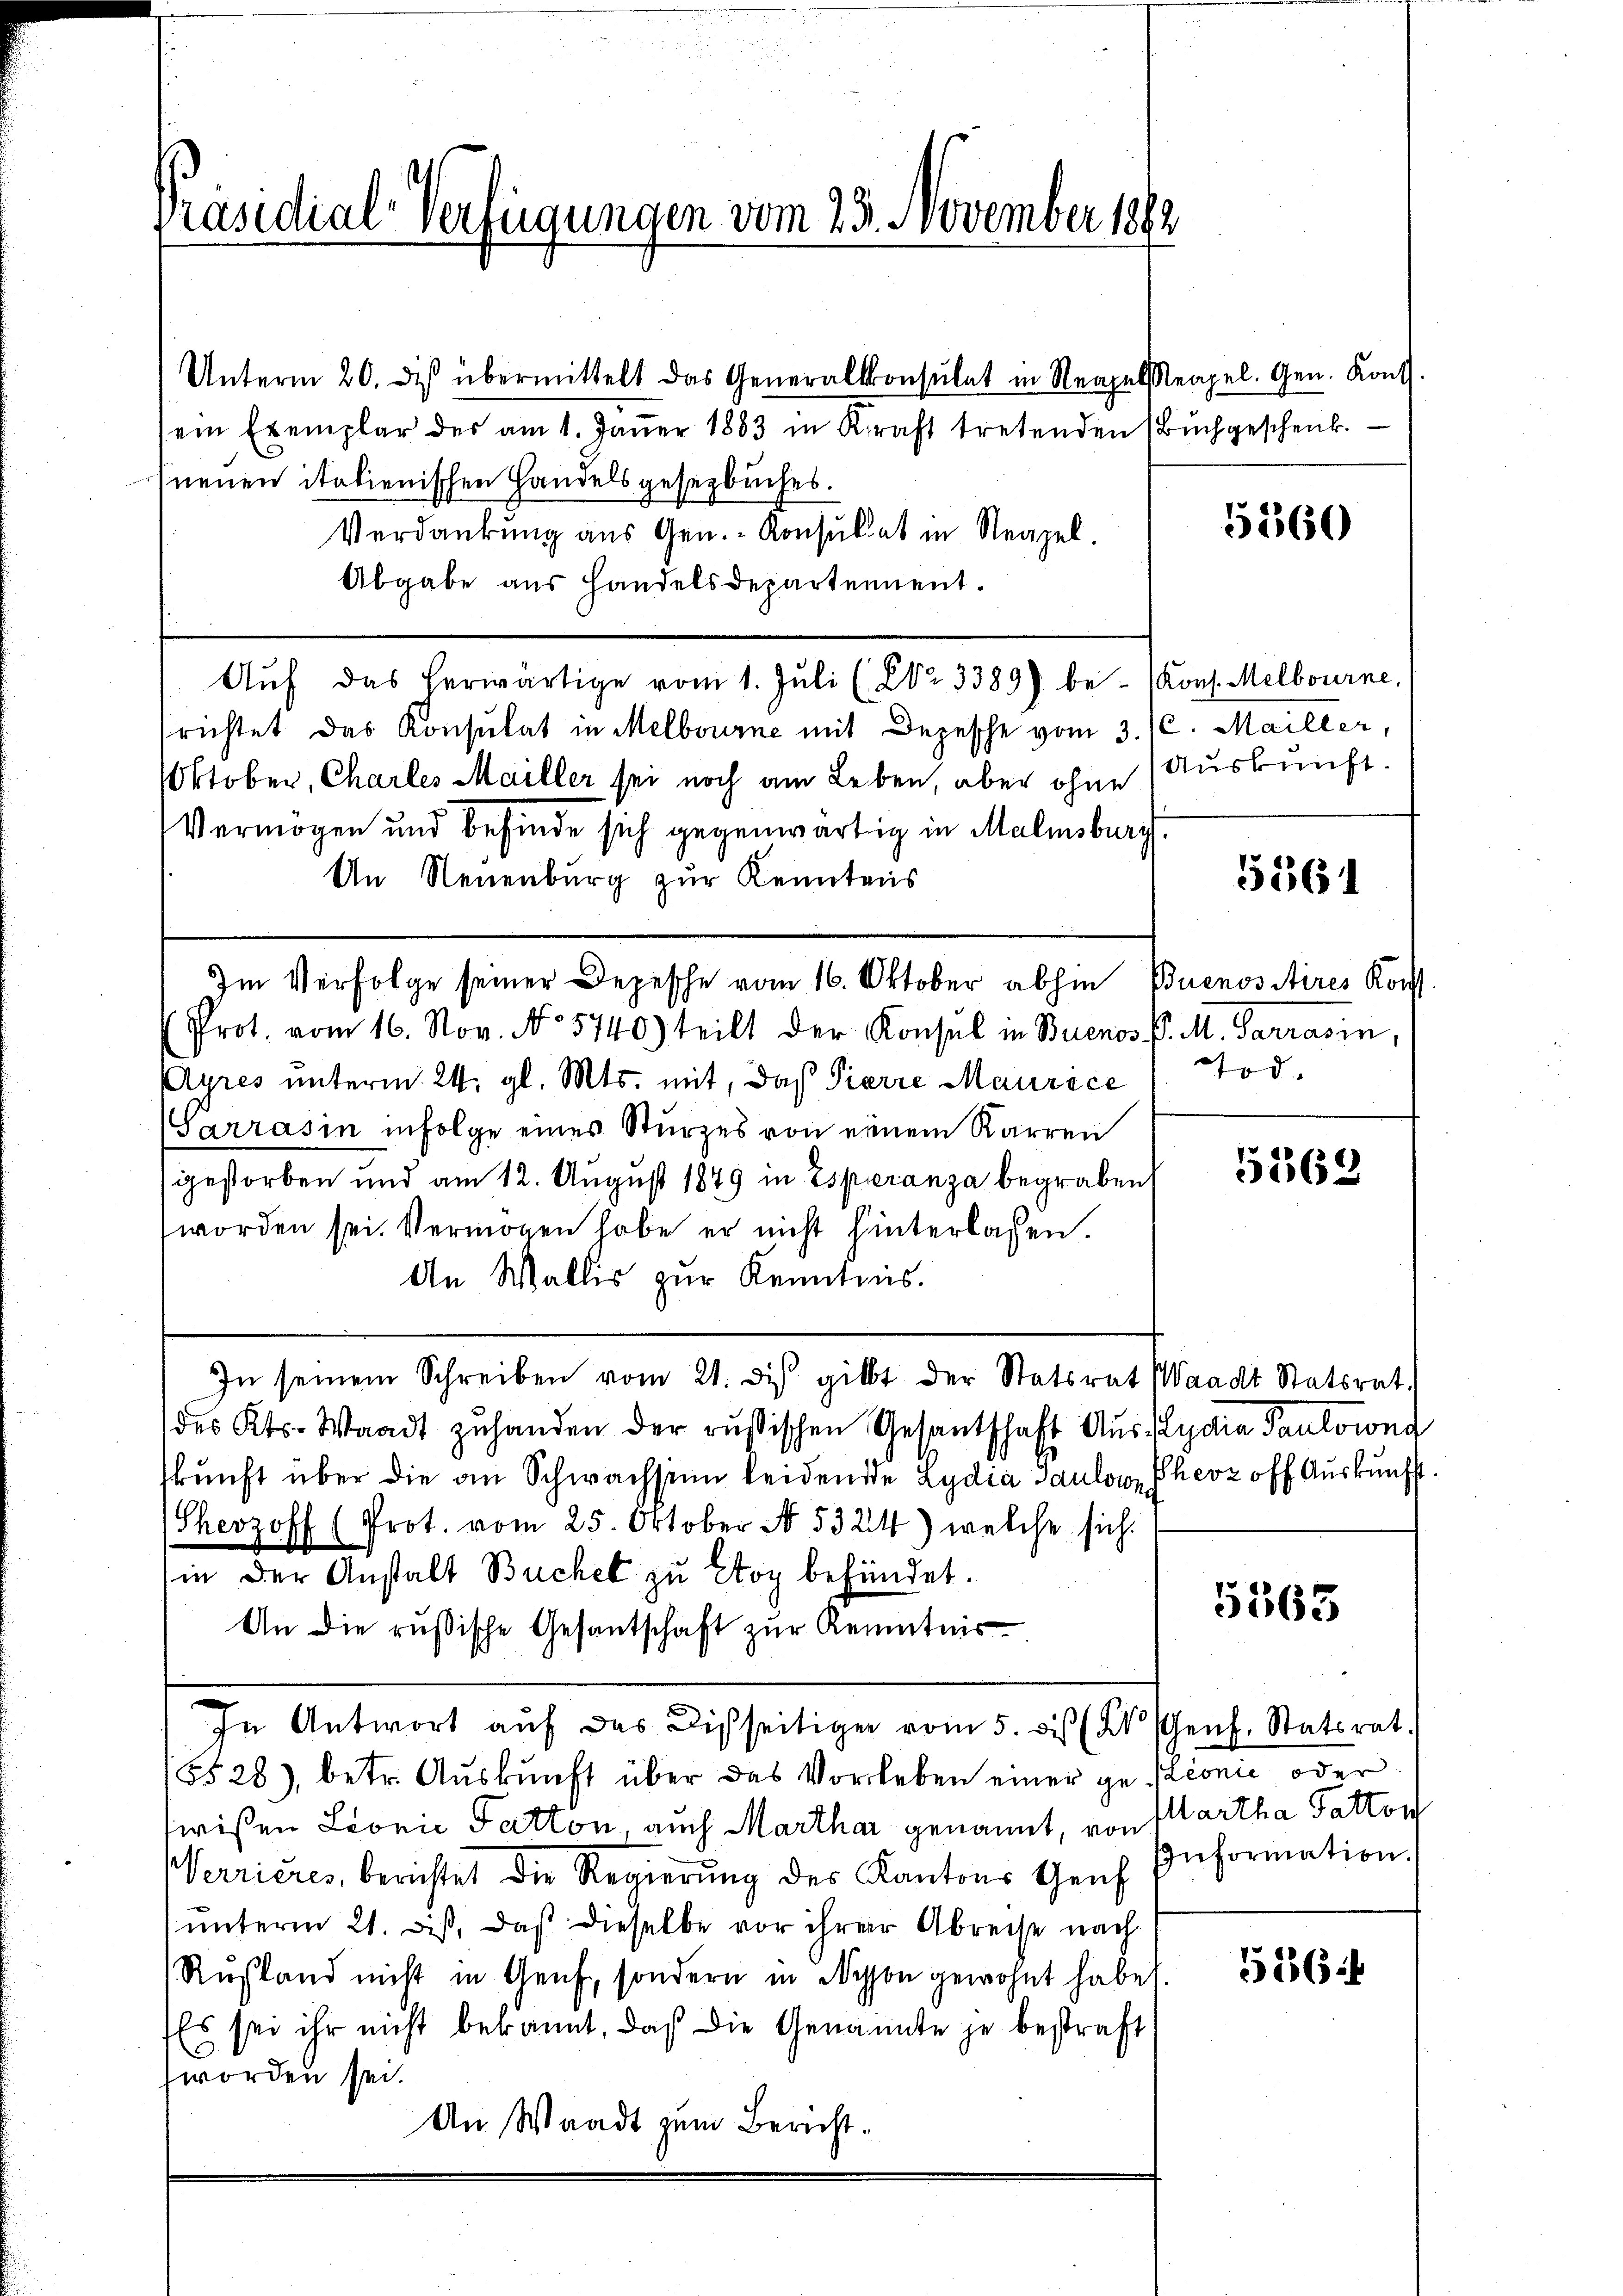
Präsidial-Verfügungen vom 23. November 1882

Unterm 20. diβ übermittelt das Generalkonsulat in Neapel Neapel. Gen. Kont
ein Exemplar des am 1. Jäṅer 1883 in Kraft tretenden (Bŭchgeschenk.
neuen italienischen Handelsgesetzbuches.
Verdankung aus Gen.- Konsultat in Neapel.
Abgabe aus Handelsdepartement.
srichtet das Konsulat in Melbourne mit Depesche vom 3. (l. Mailler,
Oktober, Charles Mailler sei noch am Leben, aber ohne
Vermögen und befinde sich gegenwärtig in Malinsburg
An Neuenburg zur Kenntens
Im Verfolge seiner Depesche vom 16. Oktober abhin Buenos Aires Kons.
Prot. vom 16. Nov. No. 5740) teilt der Konsul in Buenos-
Ayres unterm 24. gl. Mts. mit, daß Pierre Maurice
Sarrasin infolge eines Sturzes von einem Karren
gestorben und am 12. August 1849 in Espiranza begraben
worden sei. Vermögen habe er nicht hinterlassen.
An Wallis zur Kenntnis.
In seinem Schreiben vom 21. di gibt der Statsrat
des Kts. Waadt zŭ handen der rusischen Gesantschaft Auskunft über die an Schwachsinn leidende Lydia Saulowe
(Cherzoff (Prot. vom 25. Oktober No. 5324) welche sich
in der Anstalt Buchel zu Etoy befündet.
An die russische Gesantschaft zur Kenntnis
In Antwort auf das Disseitiger vom 5. des (X Genf. Statsrat.
5528), betr. Auskunft über das Vorleben einer gestionie oder
wißen Leonić Tatton, auch Marthar genannt, von
Verrieres, berichtet die Regierung des Kantons Genf
ŭnterm 21. diβ, daß dieselbe vor ihrer Abreise nach
Rustand nicht in Genf, sondern in Nyon gewohnt habet
Es sei ihr nicht bekannt, daß die Genannte je bestraft
worden sei.
An Waadt zum Bericht.

Aŭf das herwärtige vom 1. Jŭli (Nr. 3389) be- (Kons. Melbourne.

5360

Auskunft.

5561

d. M. Parrarin,
Tod.

5562

Waadt Statsrat.
yden Pantorond
Thevz off Auskunft.

5563

Martha Fatton
Information.

5164